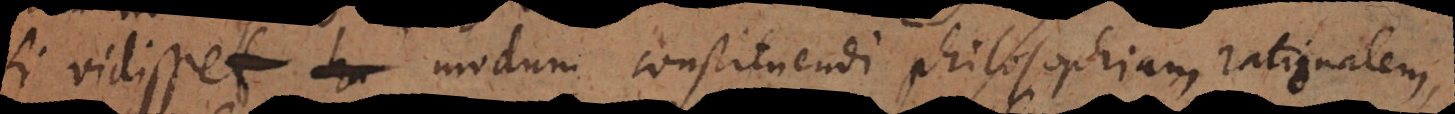
si vidisset ha modum constituendi philosophiam rationalem,